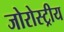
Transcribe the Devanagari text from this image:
जोरोस्ट्रीय